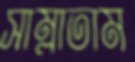
সাম্‌লাতাম